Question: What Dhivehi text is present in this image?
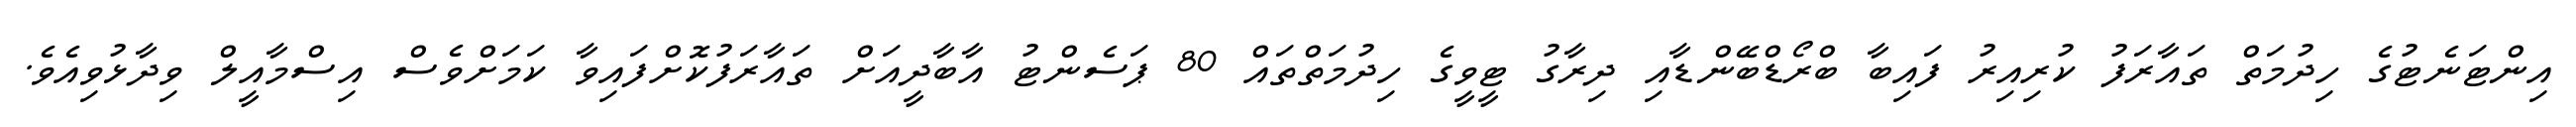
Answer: އިންޓަނެޓުގެ ހިދުމަތް ތައާރަފު ކުރިއިރު ފައިބާ ބްރޯޑްބޭންޑާއި ދިރާގު ޓީވީގެ ހިދުމަތްތައް 80 ޕަސެންޓު އާބާދީއަށް ތައާރަފުކޮށްފައިވާ ކަމަށްވެސް އިސްމާއީލް ވިދާޅުވިއެވެ.